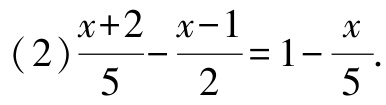
\((2)\frac{x + 2}{5}-\frac{x - 1}{2}=1-\frac{x}{5}\)